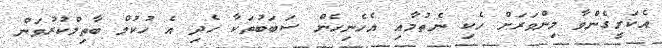
އެކަށީގެންވާ މިންވަރަށް ހެކި ނެތުމާއި އެހެނިހެން ސަބަބުތަކާ ހެދި އެ ހުކުމް ބާތިލްކުރުވަން